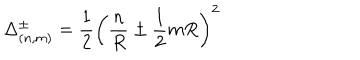
\Delta _ { ( n , m ) } ^ { \pm } = \frac { 1 } { 2 } \left( \frac { n } { R } \pm \frac { 1 } { 2 } m R \right) ^ { 2 }